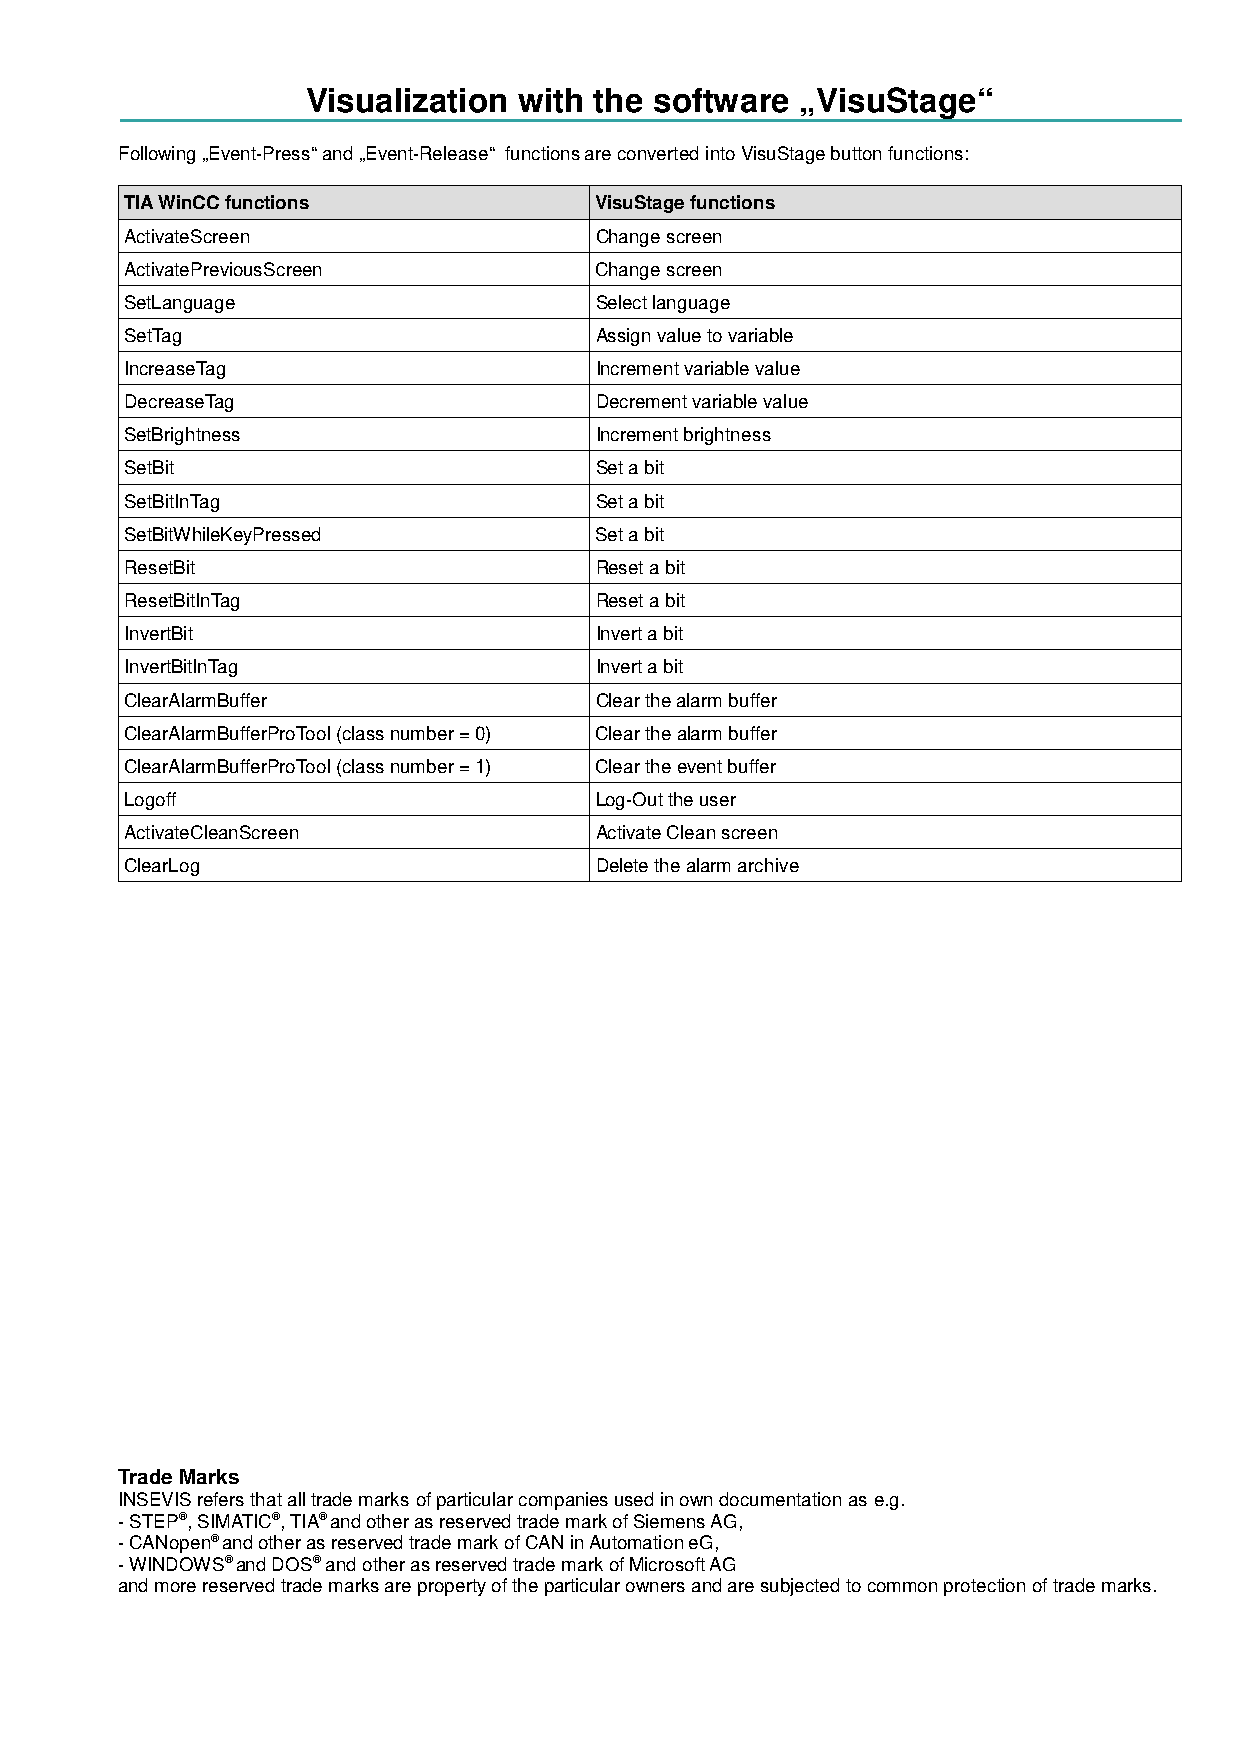
Visualization with the software  „VisuStage“
 Following „Event-Press“ and „Event-Release“ functions are converted into VisuStage button functions:
 TIA WinCC functions            VisuStage functions
 ActivateScreen                 Change screen
 ActivatePreviousScreen         Change screen
 SetLanguage                    Select language
 SetTag                         Assign value to variable
 IncreaseTag                    Increment variable value
 DecreaseTag                    Decrement variable value
 SetBrightness                  Increment brightness
 SetBit                         Set a bit
 SetBitInTag                    Set a bit
 SetBitWhileKeyPressed          Set a bit
 ResetBit                       Reset a bit
 ResetBitInTag                  Reset a bit
 InvertBit                      Invert a bit
 InvertBitInTag                 Invert a bit
 ClearAlarmBuffer               Clear the alarm buffer
 ClearAlarmBufferProTool (class number = 0) Clear the alarm buffer
 ClearAlarmBufferProTool (class number = 1) Clear the event buffer
 Logoff                         Log-Out the user
 ActivateCleanScreen            Activate Clean screen
 ClearLog                       Delete the alarm archive
 Trade Marks
 INSEVIS refers that all trade marks of particular companies used in own documentation as e.g.
 - STEP®, SIMATIC®, TIA® and other as reserved trade mark of Siemens AG,
 - CANopen® and other as reserved trade mark of CAN in Automation eG,
 - WINDOWS® and DOS® and other as reserved trade mark of Microsoft AG
 and more reserved trade marks are property of the particular owners and are subjected to common protection of trade marks.